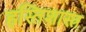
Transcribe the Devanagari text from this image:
हस्तिशास्त्र